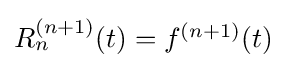
{\textstyle R_{n}^{(n+1)}(t)=f^{(n+1)}(t)}